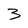
Character: 3